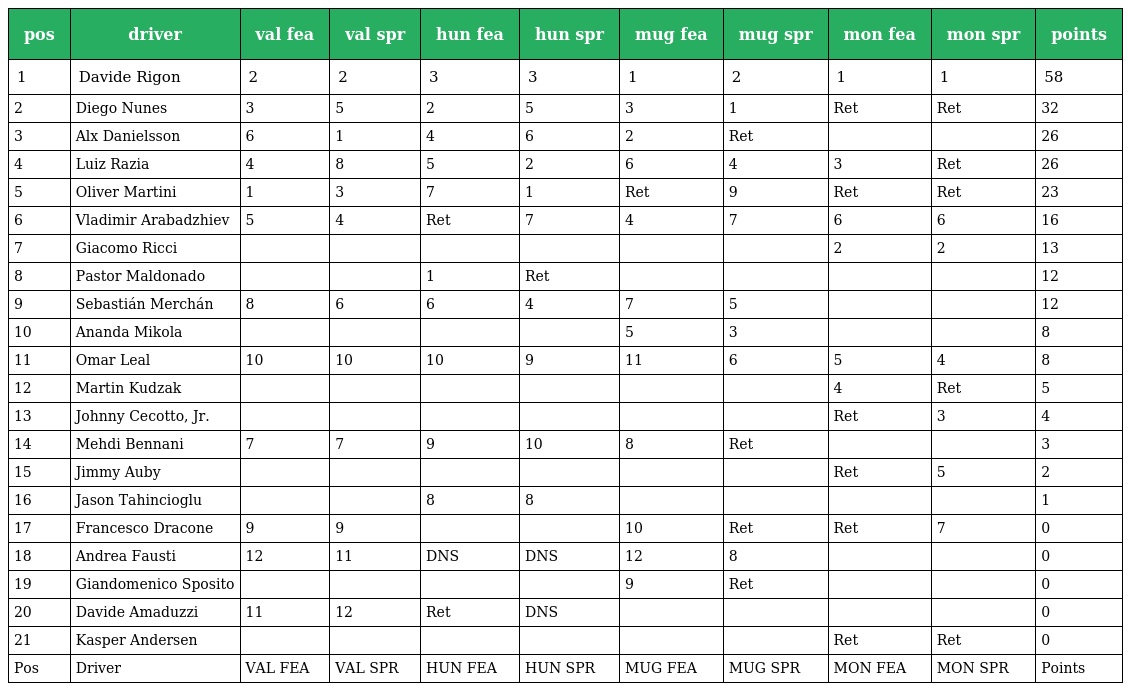
| pos | driver | val fea | val spr | hun fea | hun spr | mug fea | mug spr | mon fea | mon spr | points |
 | --- | --- | --- | --- | --- | --- | --- | --- | --- | --- | --- |
 | 1 | Davide Rigon | 2 | 2 | 3 | 3 | 1 | 2 | 1 | 1 | 58 |
 | 2 | Diego Nunes | 3 | 5 | 2 | 5 | 3 | 1 | Ret | Ret | 32 |
 | 3 | Alx Danielsson | 6 | 1 | 4 | 6 | 2 | Ret |  |  | 26 |
 | 4 | Luiz Razia | 4 | 8 | 5 | 2 | 6 | 4 | 3 | Ret | 26 |
 | 5 | Oliver Martini | 1 | 3 | 7 | 1 | Ret | 9 | Ret | Ret | 23 |
 | 6 | Vladimir Arabadzhiev | 5 | 4 | Ret | 7 | 4 | 7 | 6 | 6 | 16 |
 | 7 | Giacomo Ricci |  |  |  |  |  |  | 2 | 2 | 13 |
 | 8 | Pastor Maldonado |  |  | 1 | Ret |  |  |  |  | 12 |
 | 9 | Sebastián Merchán | 8 | 6 | 6 | 4 | 7 | 5 |  |  | 12 |
 | 10 | Ananda Mikola |  |  |  |  | 5 | 3 |  |  | 8 |
 | 11 | Omar Leal | 10 | 10 | 10 | 9 | 11 | 6 | 5 | 4 | 8 |
 | 12 | Martin Kudzak |  |  |  |  |  |  | 4 | Ret | 5 |
 | 13 | Johnny Cecotto, Jr. |  |  |  |  |  |  | Ret | 3 | 4 |
 | 14 | Mehdi Bennani | 7 | 7 | 9 | 10 | 8 | Ret |  |  | 3 |
 | 15 | Jimmy Auby |  |  |  |  |  |  | Ret | 5 | 2 |
 | 16 | Jason Tahincioglu |  |  | 8 | 8 |  |  |  |  | 1 |
 | 17 | Francesco Dracone | 9 | 9 |  |  | 10 | Ret | Ret | 7 | 0 |
 | 18 | Andrea Fausti | 12 | 11 | DNS | DNS | 12 | 8 |  |  | 0 |
 | 19 | Giandomenico Sposito |  |  |  |  | 9 | Ret |  |  | 0 |
 | 20 | Davide Amaduzzi | 11 | 12 | Ret | DNS |  |  |  |  | 0 |
 | 21 | Kasper Andersen |  |  |  |  |  |  | Ret | Ret | 0 |
 | Pos | Driver | VAL FEA | VAL SPR | HUN FEA | HUN SPR | MUG FEA | MUG SPR | MON FEA | MON SPR | Points |